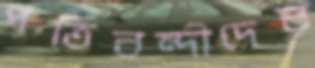
পতিবন্দীদের